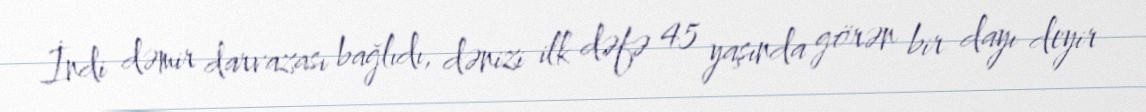
İndi dəmir darvazası bağlıdı, dənizi ilk dəfə 45 yaşında görən bir dayı deyir